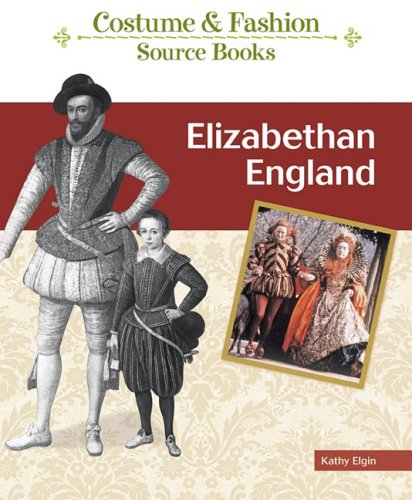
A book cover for Elizabethan England (Costume and Fashion Source Books); Kathy Elgin; Children's Books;